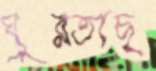
ঘুরতাছ